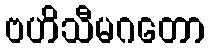
ဗဟိသီမဂတော